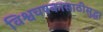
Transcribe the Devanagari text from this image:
विश्वचषकासाठीसुद्धा